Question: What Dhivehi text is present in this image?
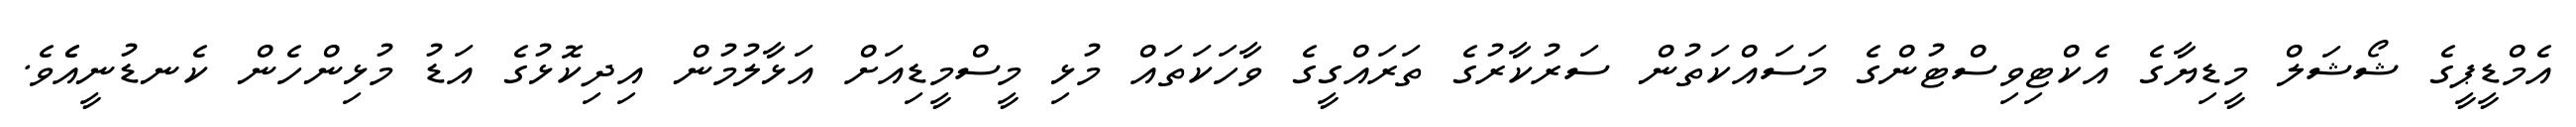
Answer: އެމްޑީޕީގެ ޝޯޝަލް މީޑިޔާގެ އެކްޓިވިސްޓުންގެ މަސައްކަތުން ސަރުކާރުގެ ތަރައްގީގެ ވާހަކަތައް މުޅި މީސްމީޑިއަށް އަޅާލުމުން އިދިކޮޅުގެ އަޑު މުޅިންހެން ކެނޑުނީއެެވެ.